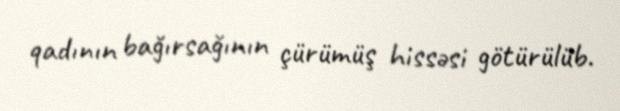
qadının bağırsağının çürümüş hissəsi götürülüb.